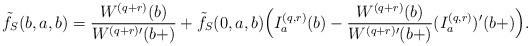
LaTeX: \begin{align*} \tilde{f}_S(b,a,b) &= \frac {W^{(q+r)}(b)} {W^{(q+r)\prime}(b+)} + \tilde{f}_S(0,a,b) \Big( I_a^{(q,r)}(b) - \frac{W^{(q+r)}(b)}{W^{(q+r) \prime}(b+)} (I_a^{(q,r)})'(b +) \Big) . \end{align*}